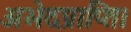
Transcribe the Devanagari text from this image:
अभेदप्राप्ति।